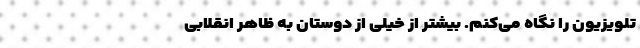
تلویزیون را نگاه می‌کنم. بیشتر از خیلی‌ از دوستان به ظاهر انقلابی